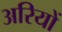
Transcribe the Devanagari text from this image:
अरियों